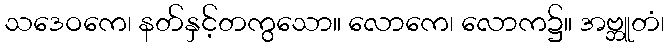
သဒေဝကေ၊ နတ်နှင့်တကွသော။ လောကေ၊ လောက၌။ အဗ္ဘူတံ၊